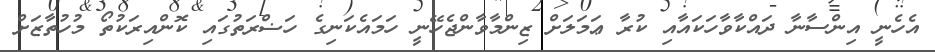
އެހެނީ އިންސާނާ ދައްކާވާހަކައާއި ކުރާ ޢަމަލަށް ޒިންމާވާންޖެހޭނީ ހަމައެކަނިގެ ހަޟްރަތުގައި ކޮންއިރަކުތޯ މުހުތާޒަށް